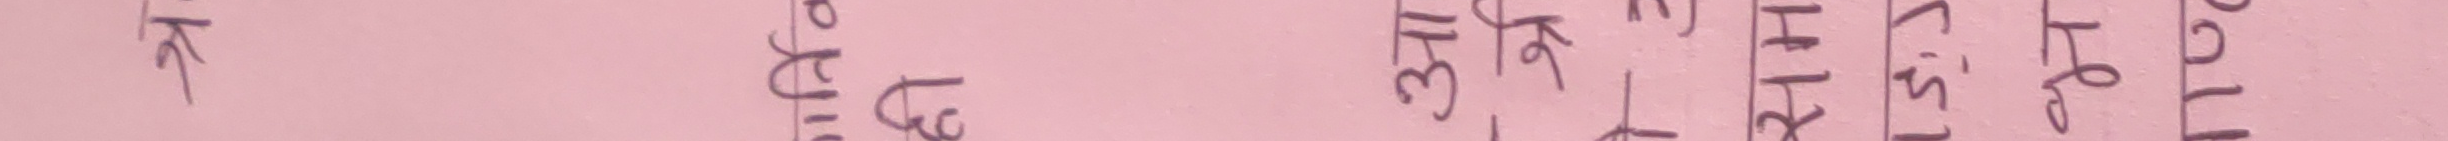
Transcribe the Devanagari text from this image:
कतिबेला उठ्यौ तिमी १२:५५